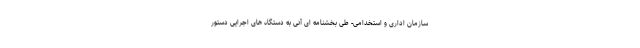
سازمان اداری و استخدامی- طی بخشنامه ای آنی به دستگاه های اجرایی دستور